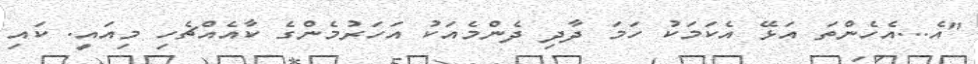
"އެ...އެހެންތަ އަޅޭ އެކަމަކު ހަމަ ދާދި ދެންމެއަކު އަހަރުމެންގެ ކާއެއްޗެހި މިއައީ. ކައި